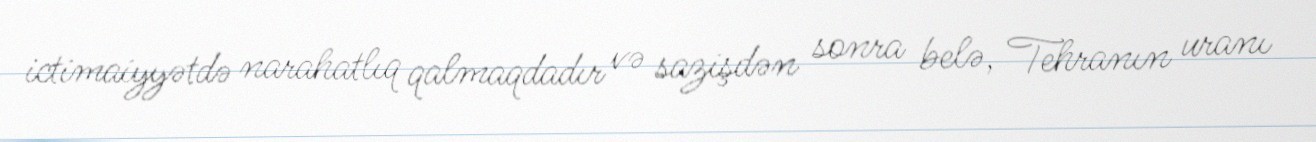
ictimaiyyətdə narahatlıq qalmaqdadır və sazişdən sonra belə, Tehranın uranı